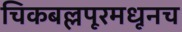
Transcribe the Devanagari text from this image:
चिकबल्लपूरमधूनच